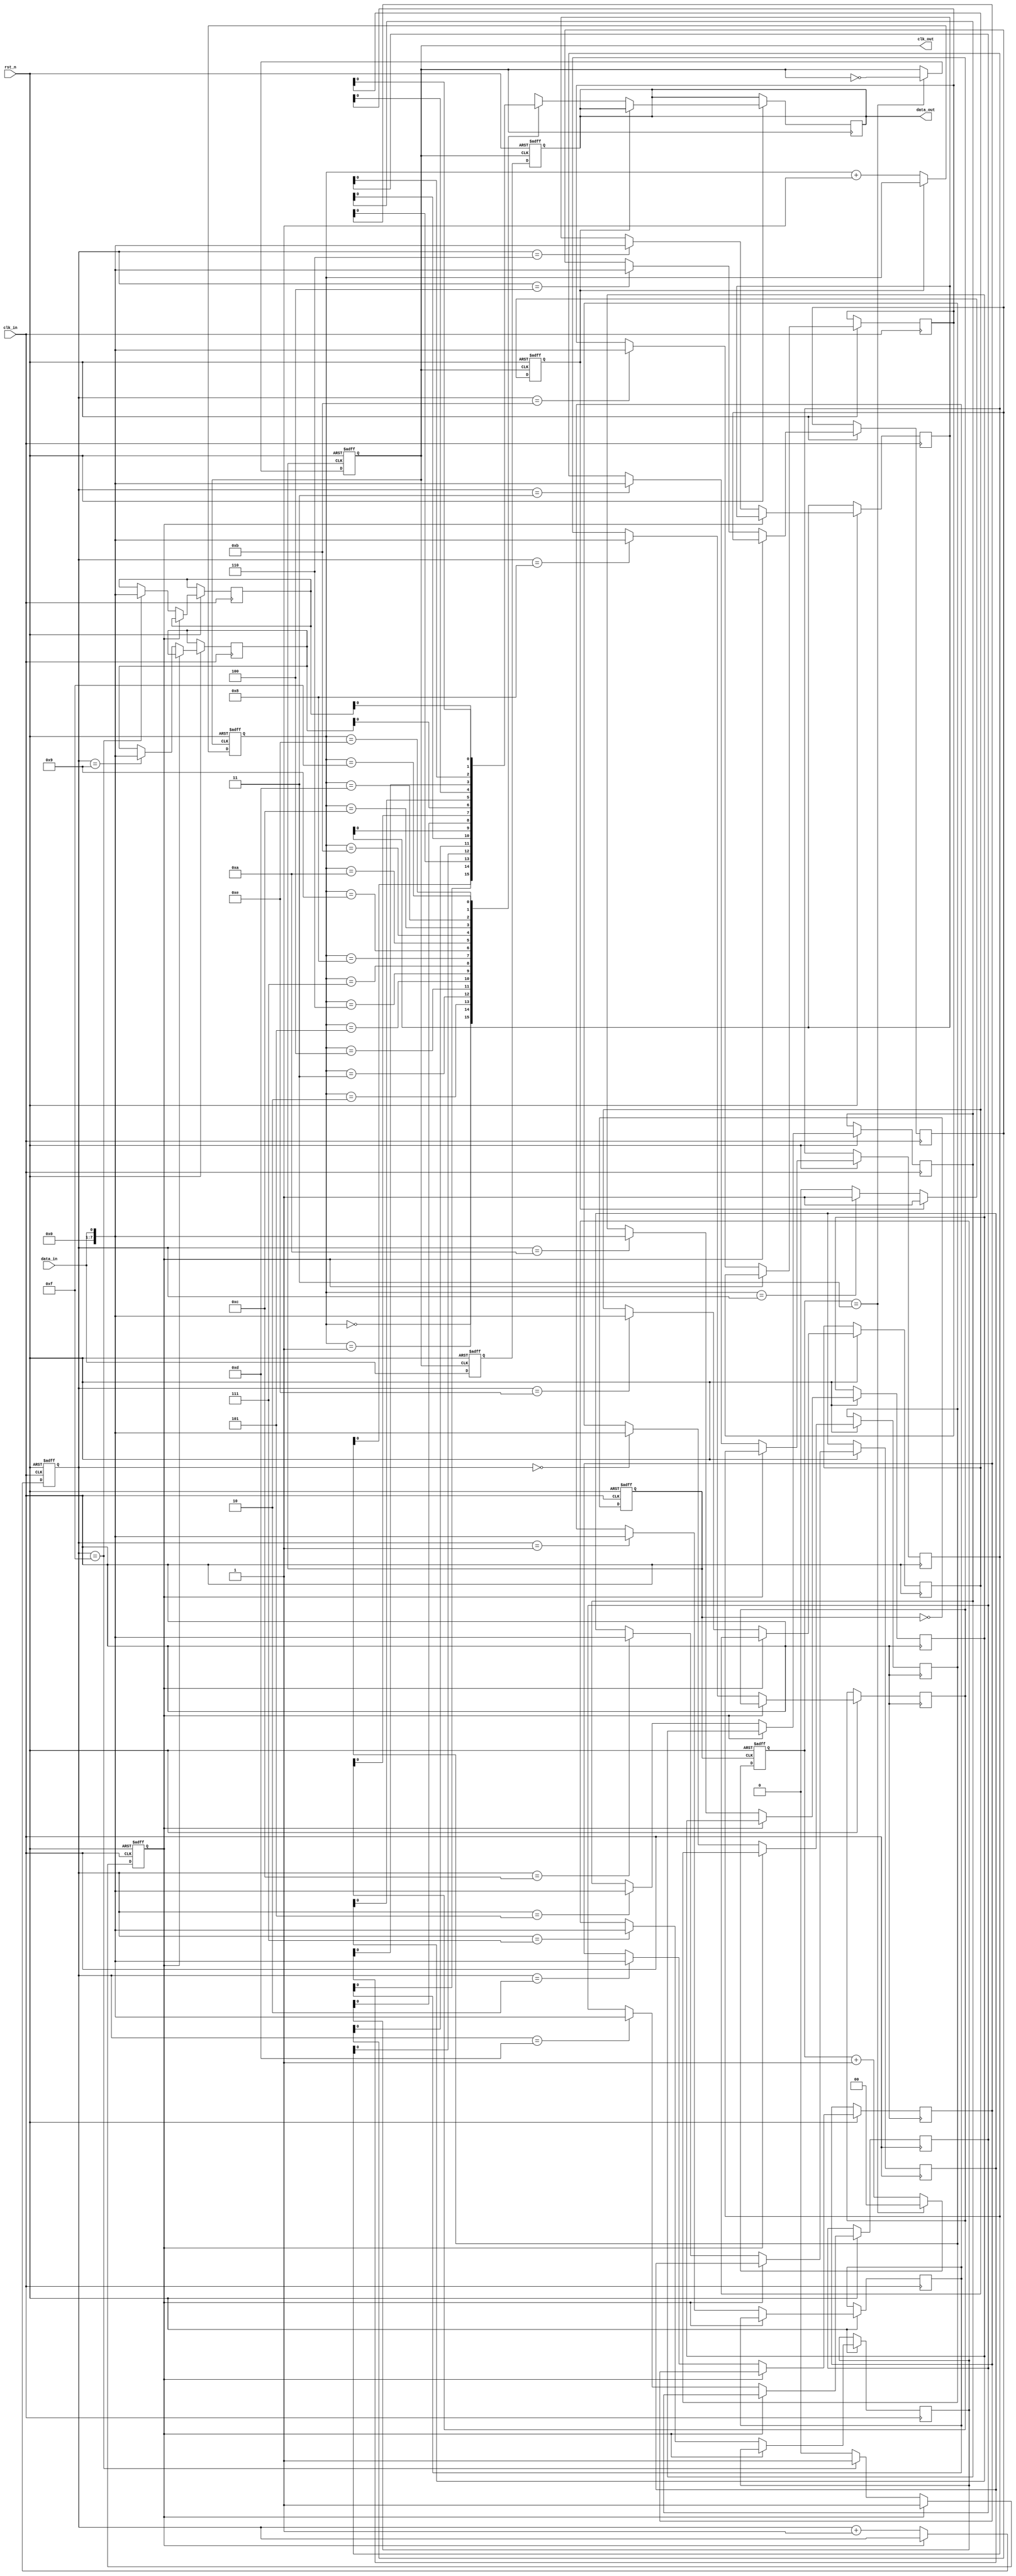
module pll_synchronizer (
    input wire clk_in,          // Incoming data clock
    input wire rst_n,          // Active low reset
    input wire data_in,        // Incoming data
    output wire clk_out,       // Output synchronized clock
    output wire data_out       // Synchronized data output
);

    // Parameters for PLL components
    parameter DIV_FACTOR = 4;  // Divider factor for VCO output
    parameter FIFO_DEPTH = 16;  // Depth of the synchronization FIFO

    // Phase Detector (PD)
    reg [1:0] phase_error; // 2-bit error signal
    always @(posedge clk_in or negedge rst_n) begin
        if (!rst_n) begin
            phase_error <= 2'b00;
        end else begin
            // Simple phase comparison logic (placeholder)
            // In a real design, this would be more complex
            phase_error <= (clk_in == clk_out) ? 2'b00 : (clk_in > clk_out) ? 2'b01 : 2'b10;
        end
    end

    // Loop Filter (PI Controller)
    reg [7:0] control_signal; // Control signal for VCO
    always @(posedge clk_in or negedge rst_n) begin
        if (!rst_n) begin
            control_signal <= 8'b0;
        end else begin
            // Simple PI control logic (placeholder)
            control_signal <= control_signal + phase_error[0]; // Proportional part
            control_signal <= control_signal + phase_error[1]; // Integral part
        end
    end

    // Voltage-Controlled Oscillator (VCO)
    reg clk_vco;
    always @(posedge clk_in or negedge rst_n) begin
        if (!rst_n) begin
            clk_vco <= 1'b0;
        end else begin
            // Generate VCO clock based on control signal (placeholder)
            clk_vco <= ~clk_vco; // Simple toggle for demonstration
        end
    end

    // Clock Divider
    reg [1:0] clk_div_counter;
    always @(posedge clk_vco or negedge rst_n) begin
        if (!rst_n) begin
            clk_div_counter <= 2'b00;
            clk_out <= 1'b0;
        end else begin
            clk_div_counter <= clk_div_counter + 1;
            if (clk_div_counter == DIV_FACTOR - 1) begin
                clk_out <= ~clk_out; // Toggle output clock
                clk_div_counter <= 2'b00; // Reset counter
            end
        end
    end

    // Synchronization FIFO
    reg [7:0] fifo [0:FIFO_DEPTH-1]; // FIFO memory
    reg [3:0] write_ptr, read_ptr; // Pointers for FIFO
    reg fifo_full, fifo_empty;

    // Write data to FIFO
    always @(posedge clk_in or negedge rst_n) begin
        if (!rst_n) begin
            write_ptr <= 4'b0;
            fifo_full <= 1'b0;
        end else if (!fifo_full) begin
            fifo[write_ptr] <= data_in; // Write data
            write_ptr <= write_ptr + 1;
            if (write_ptr == FIFO_DEPTH - 1) fifo_full <= 1'b1;
        end
    end

    // Read data from FIFO
    always @(posedge clk_out or negedge rst_n) begin
        if (!rst_n) begin
            read_ptr <= 4'b0;
            fifo_empty <= 1'b1;
        end else if (!fifo_empty) begin
            data_out <= fifo[read_ptr]; // Read data
            read_ptr <= read_ptr + 1;
            if (read_ptr == write_ptr) fifo_empty <= 1'b1;
        end
    end

    // Meta-stability Handling (2-stage flip-flop)
    reg sync_ff1, sync_ff2;
    always @(posedge clk_out or negedge rst_n) begin
        if (!rst_n) begin
            sync_ff1 <= 1'b0;
            sync_ff2 <= 1'b0;
        end else begin
            sync_ff1 <= data_in; // First stage
            sync_ff2 <= sync_ff1; // Second stage
        end
    end

    assign data_out = sync_ff2; // Output synchronized data

endmodule